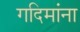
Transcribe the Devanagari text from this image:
गदिमांना